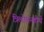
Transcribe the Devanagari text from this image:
त्रिलोचनतीर्थ